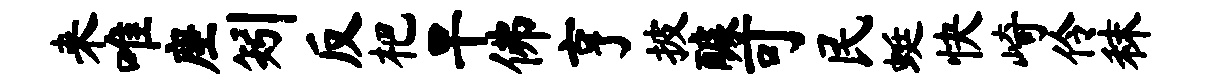
来唯座矧反杷旱佛亨披醵可民蜓快崎伶秣